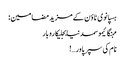
ہسپانوی ٹاؤن کے مزید مضامین :
مہنگائیموسمدنیابجلیکاروبار
نام کی سپر پاور…!